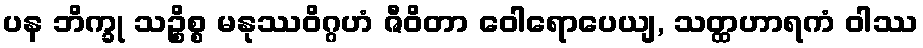
ပန ဘိက္ခု သဉ္စိစ္စ မနုဿဝိဂ္ဂဟံ ဇီဝိတာ ဝေါရောပေယျ, သတ္ထဟာရကံ ဝါဿ